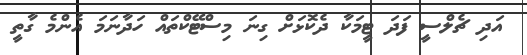
އަދި ޗެލްސީ ފަދަ ޓީމަކާ ދެކޮޅަށް ގިނަ މިސްޓޭކްތައް ހަދާނަމަ އެންމެ ގާތީ